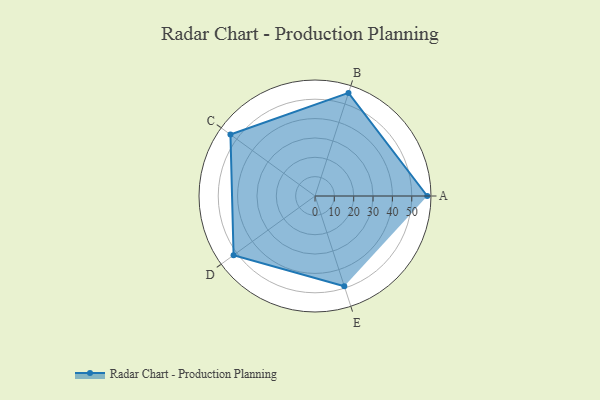
{"axis": {"x": "Skill", "y": "Score"}, "legend": ["Profile"], "data": [{"x": "A", "y": 58.0, "type": "Profile"}, {"x": "B", "y": 56.0, "type": "Profile"}, {"x": "C", "y": 54.0, "type": "Profile"}, {"x": "D", "y": 52.0, "type": "Profile"}, {"x": "E", "y": 49.0, "type": "Profile"}]}